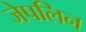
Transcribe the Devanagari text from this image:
जेपलिन